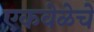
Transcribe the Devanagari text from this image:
एकवेळेचे